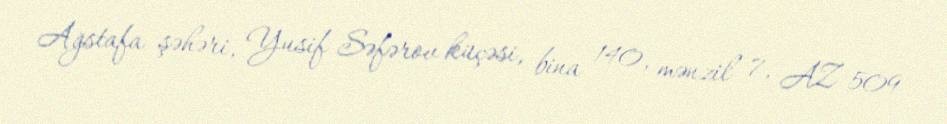
Ağstafa şəhəri, Yusif Səfərov küçəsi, bina 140, mənzil 7, AZ 509